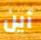
أين